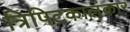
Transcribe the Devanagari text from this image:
त्रिपिटकालंकार